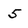
Character: 5